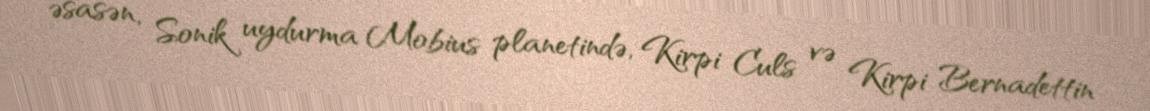
əsasən, Sonik uydurma Mobius planetində, Kirpi Culs və Kirpi Bernadettin